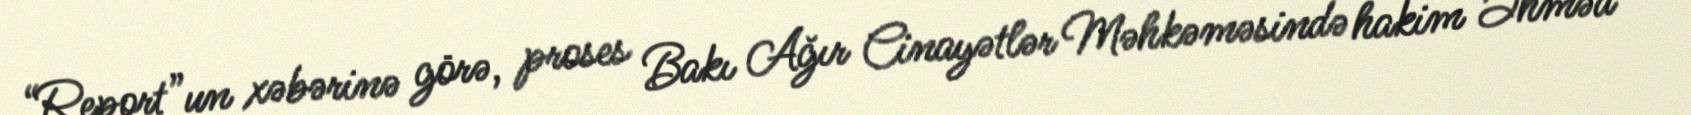
“Report”un xəbərinə görə, proses Bakı Ağır Cinayətlər Məhkəməsində hakim Əhməd